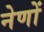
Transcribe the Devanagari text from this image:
नेणों